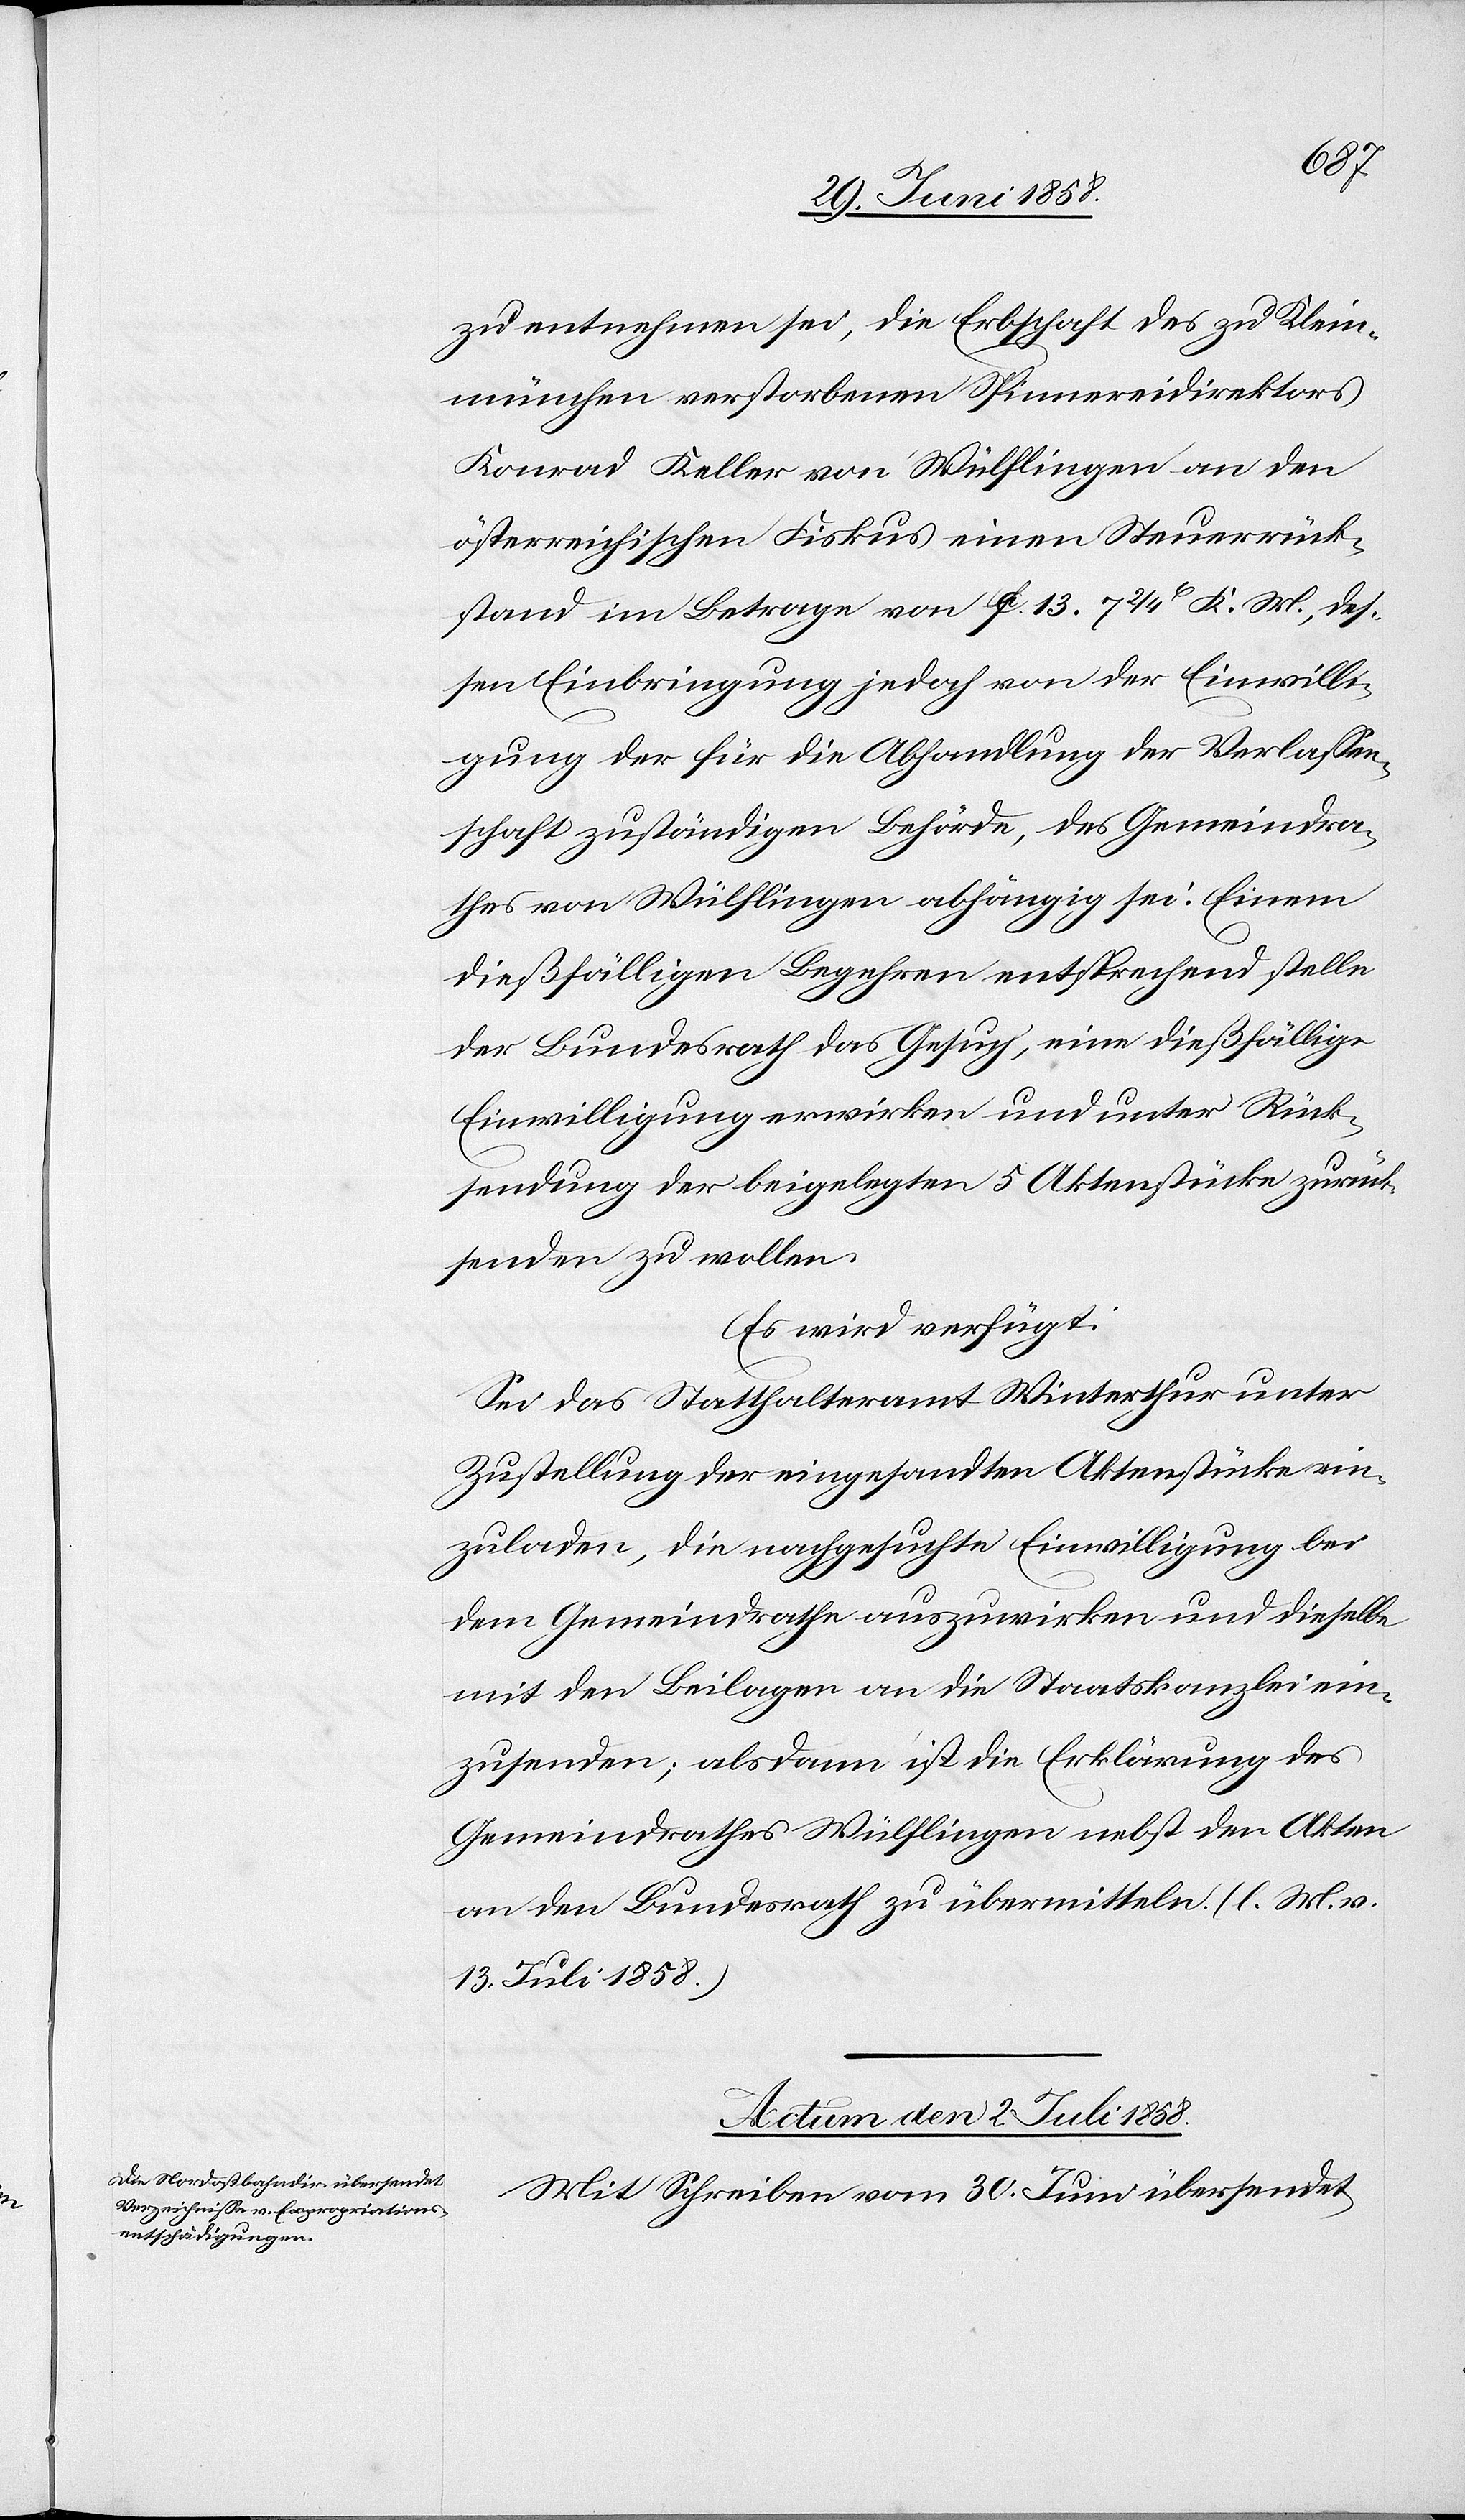
zu entnehmen sei, die Erbschaft des zu Klein¬
münchen verstorbenen Spinnereidirektors
Konrad Keller von Wülflingen an den
österreichischen Fiskus einen Steuerrück¬
stand im Betrage von fl. 13. 7 2/4 x K. M., des¬
sen Einbringung jedoch von der Einwilli¬
gung der für die Abhandlung der Verlassen¬
schaft zuständigen Behörde, des Gemeindra¬
thes von Wülflingen abhängig sei. Einem
dießfälligen Begehren entsprechend stelle
der Bundesrath das Gesuch, eine dießfällige
Einwilligung erwirken und unter Rück¬
sendung der beigelegten 5 Aktenstücke zurück¬
senden zu wollen.
Es wird verfügt:
Sei das Statthalteramt Winterthur unter
Zustellung der eingesandten Aktenstücke ein¬
zuladen, die nachgesuchte Einwilligung bei
dem Gemeindrathe auszuwirken und dieselbe
mit den Beilagen an die Staatskanzlei ein¬
zusenden; alsdann ist die Erklärung des
Gemeindrathes Wülflingen nebst den Akten
an den Bundesrath zu übermitteln. (l. M. v.
13. Juli 1858.)
Actum den 2. Juli 1858.
Mit Schreiben vom 30. Juni übersendet